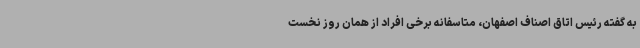
به گفته رئیس اتاق اصناف اصفهان، متاسفانه برخی افراد از همان روز نخست